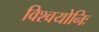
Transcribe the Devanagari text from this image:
विश्वयोनिः